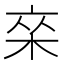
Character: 𰗣